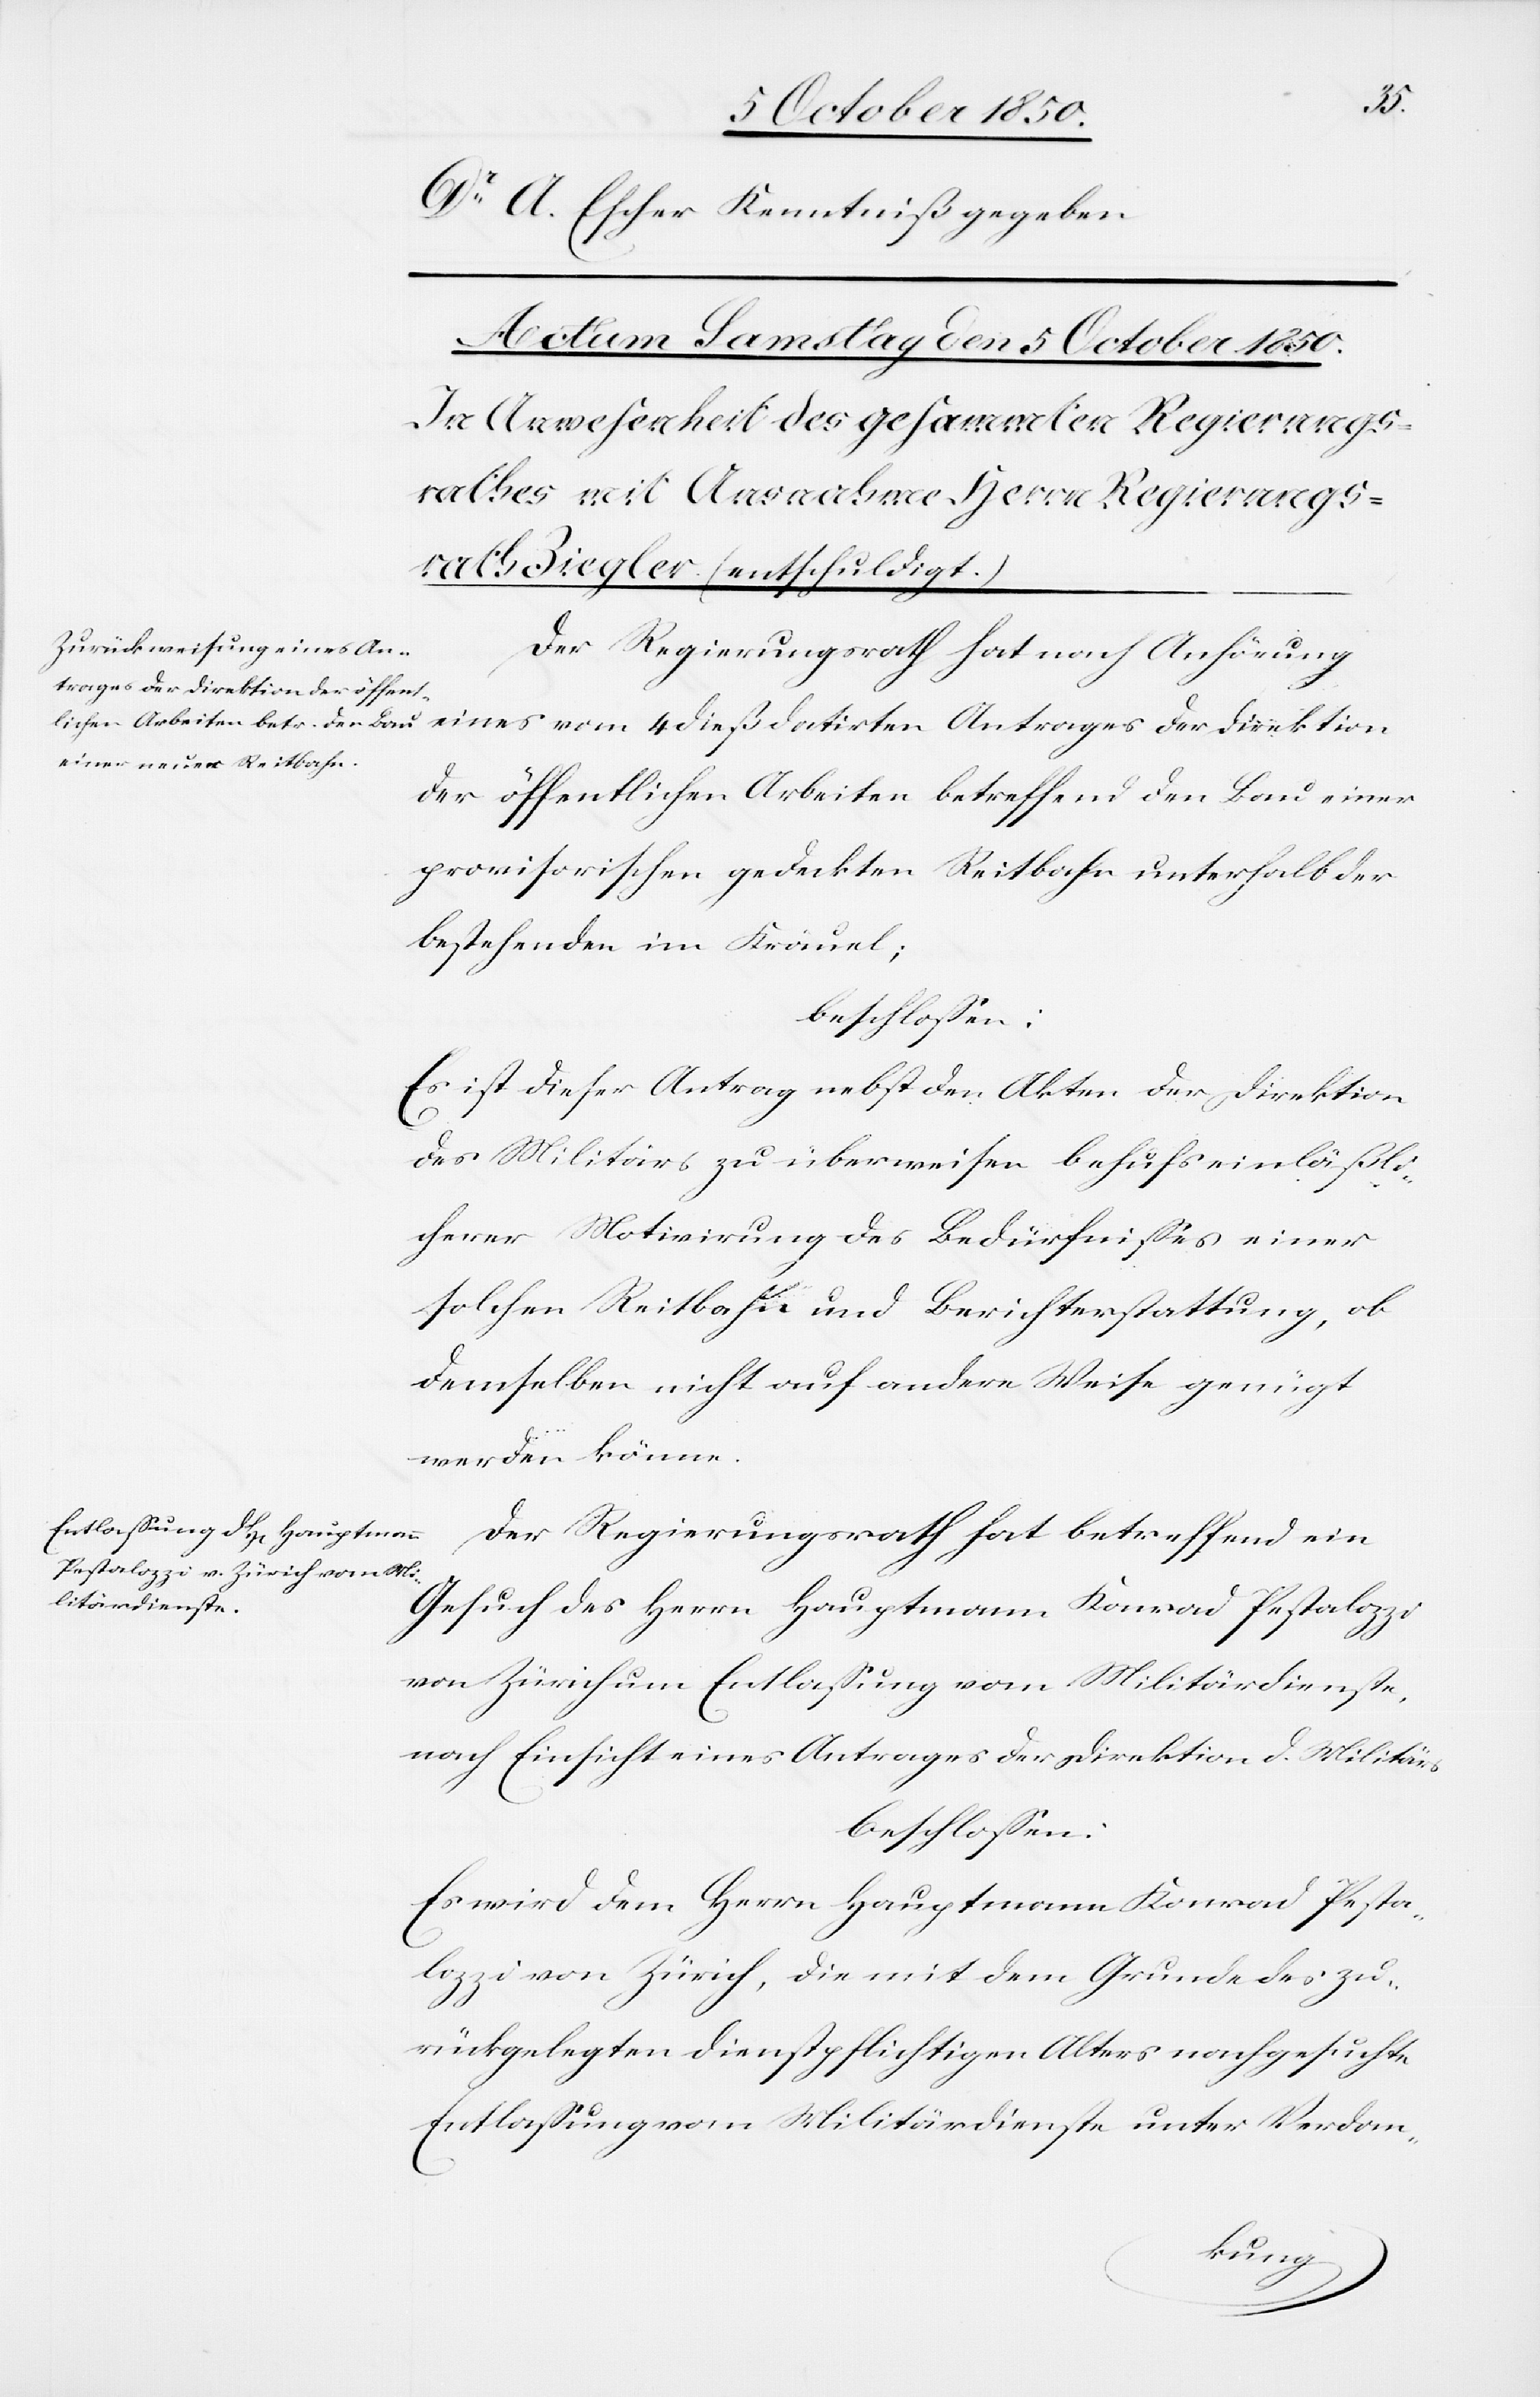
Dr A. Escher Kenntniß gegeben.
Der Regierungsrath hat nach Anhörung
der öffentlichen Arbeiten betreffend den Bau einer
provisorischen gedeckten Reitbahn unterhalb der
bestehenden im Kronel;
beschlossen:
Es ist dieser Antrag nebst den Akten der Direktion
des Militärs zu überweisen behufs einläßli¬
cherer Motivirung des Bedürfnisses einer
solchen Reitbahn und Berichterstattung, ob
demselben nicht auf andere Weise genügt
werden könne.
Der Regierungsrath hat betreffend ein
der Direktion
Gesuch des Herrn Hauptmann Konrad Pestalozzi
von Zürich um Entlassung vom Militärdienste,
nach Einsicht eines Antrages der Direktion d. Militärs
beschlossen:
Es wird dem Herrn Hauptmann Konrad Pesta¬
lozzi von Zürich, die mit dem Grunde des zu¬
rückgelegten dienstpflichtigen Alters nachgesuchte
Entlassung vom Militärdienste unter Verdan-